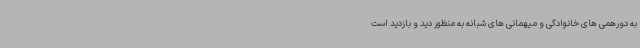
به دورهمی های خانوادگی و میهمانی های شبانه به منظور دید و بازدید است